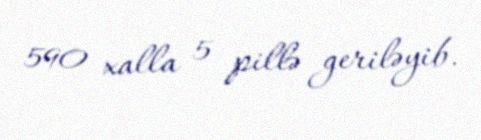
590 xalla 5 pillə geriləyib.